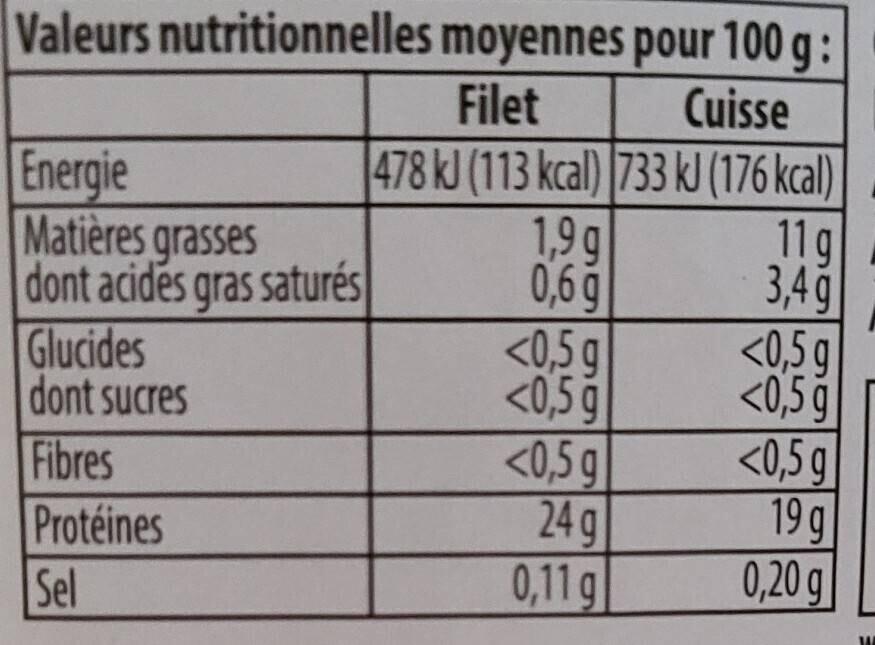
Valeurs nutritionnelles
Energie
Matières grasses dont acides gras saturés
Glucides
dont sucres
Fibres
Protéines
Sel
moyennes pour 100 g:
Filet
Cuisse
478 kJ (113 kcal) 733 kJ (176 kcal)
1,9q 0,6g
11 g 3,4g
<0,5 g
<0,5 q
<0,5 g
24 g
0,11 g
<0,5 g
<0,5 g
<0,5 g
19 g
0,20 g